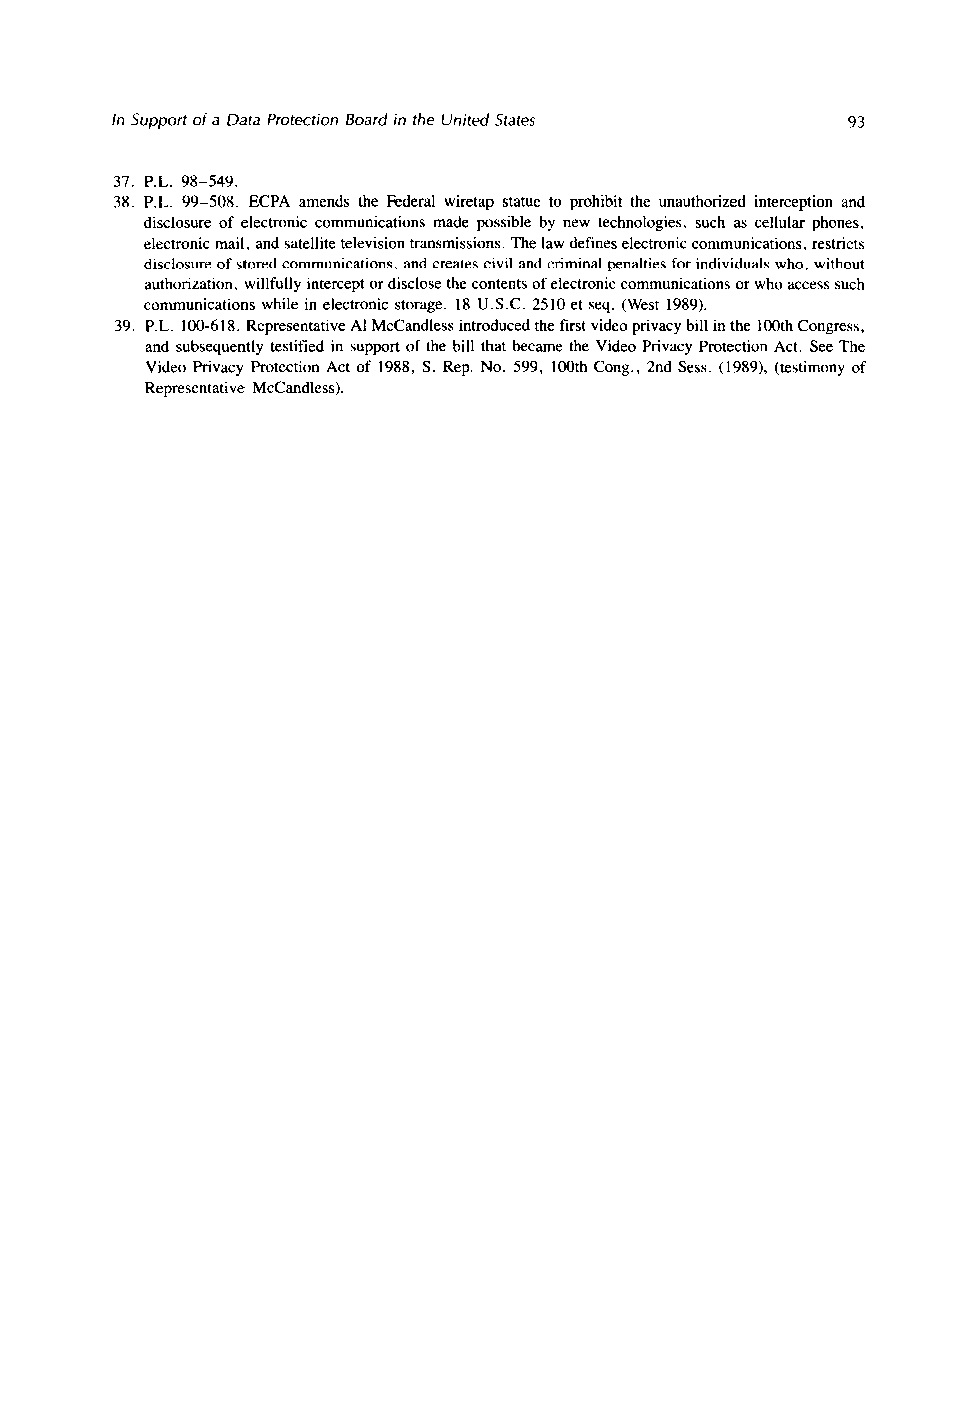
In Support of a Data Protection Board in the United States 93
 31. P.L. 98-549.
 38. P.L. 99-508. ECPA amends the Federal wiretap statue to prohibit the unauthorized interception and
 disclosure of electronic communications made possible by new technologies, such as cellular phones,
 electronic mail, and satellite television transmissions. The law defines electronic communications, restricts
 disclosure of stored communications, and creates civil and criminal penalties for individuals who, without
 authorization, willfully intercept or disclose the contents of electronic communications or who access such
 communications while in electronic storage. 18 U.S.C. 2510 et seq. (West 1989).
 39. P.L. 100-618. Representative Al McCandless introduced the first video privacy bill in the 100th Congress,
 and subsequently testified in support of the bill that became the Video Privacy Protection Act. See The
 Video Privacy Protection Act of 1988, S. Rep. No. 599, 100th Cong., 2nd Sess. (1989) (testimony of
 Representative McCandless).